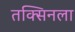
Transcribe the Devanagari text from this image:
तक्सिनला